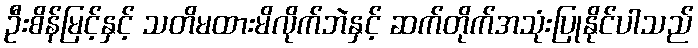
ဦးစိန်မြင့်နှင့် သတိမထားမိလိုက်ဘဲနှင့် ဆက်တိုက်အသုံးပြုနိုင်ပါသည်